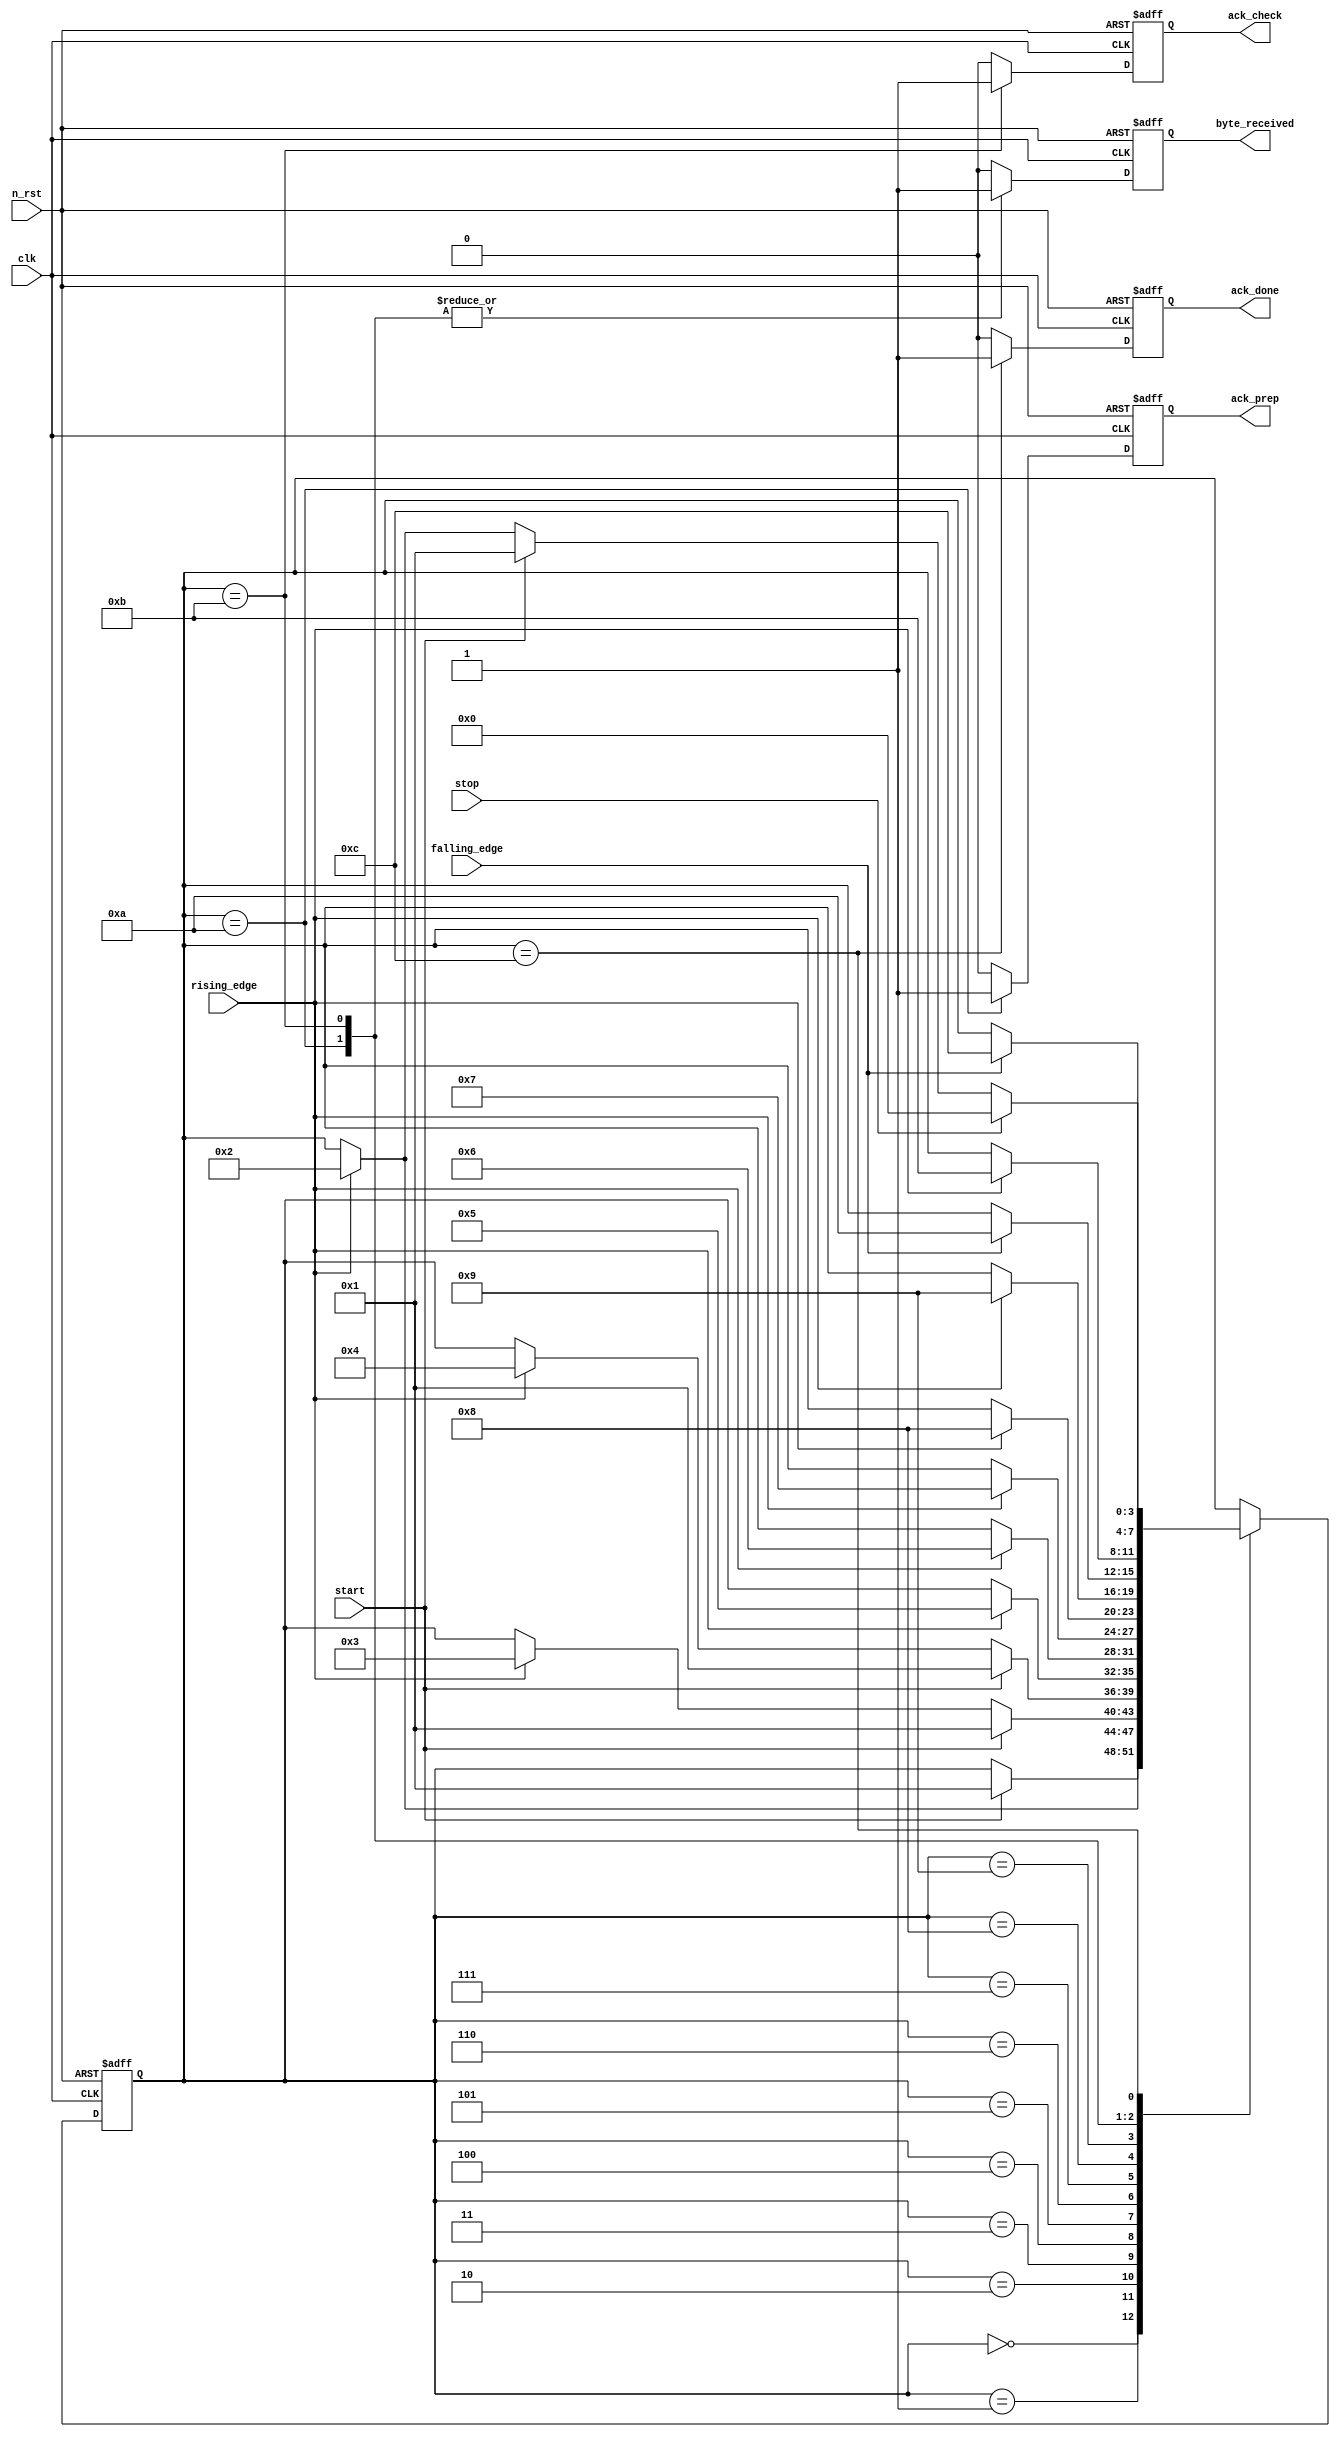
module slave_timer (
	clk,
	n_rst,
	start,
	stop,
	rising_edge,
	falling_edge,
	byte_received,
	ack_prep,
	ack_check,
	ack_done
);
	input wire clk;
	input wire n_rst;
	input wire start;
	input wire stop;
	input wire rising_edge;
	input wire falling_edge;
	output reg byte_received;
	output reg ack_prep;
	output reg ack_check;
	output reg ack_done;
	reg [3:0] state;
	reg [3:0] next_state;
	reg temp_byte_received;
	reg temp_ack_prep;
	reg temp_ack_check;
	reg temp_ack_done;
	localparam [3:0] IDLE = 0;
	always @(posedge clk or negedge n_rst)
		if (n_rst == 1'b0) begin
			state <= IDLE;
			byte_received <= 1'b0;
			ack_prep <= 1'b0;
			ack_check <= 1'b0;
			ack_done <= 1'b0;
		end
		else begin
			state <= next_state;
			byte_received <= temp_byte_received;
			ack_prep <= temp_ack_prep;
			ack_check <= temp_ack_check;
			ack_done <= temp_ack_done;
		end
	localparam [3:0] CHECK = 11;
	localparam [3:0] DONE = 12;
	localparam [3:0] PREP = 10;
	localparam [3:0] READ_1 = 2;
	localparam [3:0] READ_2 = 3;
	localparam [3:0] READ_3 = 4;
	localparam [3:0] READ_4 = 5;
	localparam [3:0] READ_5 = 6;
	localparam [3:0] READ_6 = 7;
	localparam [3:0] READ_7 = 8;
	localparam [3:0] READ_8 = 9;
	localparam [3:0] START = 1;
	always @(state or start or stop or rising_edge or falling_edge) begin
		next_state = state;
		case (state)
			IDLE:
				if (start == 1'b1)
					next_state = START;
			START:
				if (rising_edge == 1'b1)
					next_state = READ_1;
			READ_1:
				if (start == 1'b1)
					next_state = START;
				else if (rising_edge == 1'b1)
					next_state = READ_2;
			READ_2:
				if (start == 1'b1)
					next_state = START;
				else if (rising_edge == 1'b1)
					next_state = READ_3;
			READ_3:
				if (rising_edge == 1'b1)
					next_state = READ_4;
			READ_4:
				if (rising_edge == 1'b1)
					next_state = READ_5;
			READ_5:
				if (rising_edge == 1'b1)
					next_state = READ_6;
			READ_6:
				if (rising_edge == 1'b1)
					next_state = READ_7;
			READ_7:
				if (rising_edge == 1'b1)
					next_state = READ_8;
			READ_8:
				if (falling_edge == 1'b1)
					next_state = PREP;
			PREP:
				if (rising_edge == 1'b1)
					next_state = CHECK;
			CHECK:
				if (falling_edge == 1'b1)
					next_state = DONE;
			DONE:
				if (stop == 1'b1)
					next_state = IDLE;
				else if (start == 1'b1)
					next_state = START;
				else if (rising_edge == 1'b1)
					next_state = READ_1;
		endcase
	end
	always @(state) begin
		temp_byte_received = 1'b0;
		temp_ack_prep = 1'b0;
		temp_ack_check = 1'b0;
		temp_ack_done = 1'b0;
		case (state)
			PREP: begin
				temp_byte_received = 1'b1;
				temp_ack_prep = 1'b1;
			end
			CHECK: begin
				temp_byte_received = 1'b1;
				temp_ack_check = 1'b1;
			end
			DONE: temp_ack_done = 1'b1;
			default: begin
				temp_byte_received = 1'b0;
				temp_ack_prep = 1'b0;
				temp_ack_check = 1'b0;
				temp_ack_done = 1'b0;
			end
		endcase
	end
endmodule